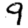
Digit: 9